Report of an investigation into the causes of malaria in Bombay and the measures necessary for its control
Disease focus: Malaria
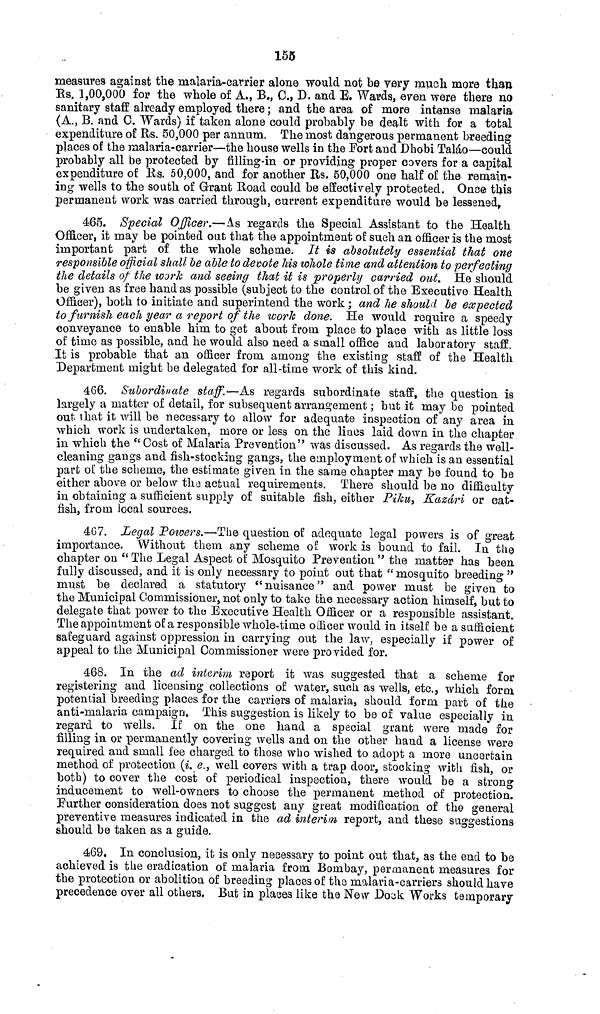
155
measures against the malaria-carrier alone would not be very much more than
Rs. 1,00,000 for the whole of A., B., 0., D. and E. Wards, even were there no
sanitary staff already employed there ; and the area of more intense malaria
(A., B. and C. Wards) if taken alone could probably be dealt with for a total
expenditure of Rs. 50,000 per annum. The most dangerous permanent breeding
places of the malaria-carrier—the house wells in the Fort and Dhobi Taláo—could
probably all be protected by filling-in or providing proper covers for a capital
expenditure of lis. 50,000, and for another Us. 50,000 one half of the remain-
ing wells to the south of Grant Road could be effectively protected. Once this
permanent work was carried through, carrent expenditure would be lessened,
465. Special Officer.—As regards the Special Assistant to the Health
Officer, it may be pointed out that the appointment of such an officer is the most
important part of the whole scheme. It is absolutely essential that one
responsible official shall be able to devote his whole time and attention to perfecting
the details of the work and seeing that it is properly carried out. He should
be given as free hand as possible (subject to the control of the Executive Health
Officer), both to initiate and superintend the work ; and he should be expected
to furnish each year a report of the work done. He would require a speedy
conveyance to enable him to get about from place to place with as little loss
of time as possible, and he would also need a small office and laboratory staff.
It is probable that an officer from among the existing staff of the Health
Department might be delegated for all-time work of this kind.
466. Subordinate staff.—As regards subordinate staff, the question is
largely a matter of detail, for subsequent arrangement ; but it may be pointed
out that it will be necessary to allow for adequate inspection of any area in
which work is undertaken, more or less on the lines laid down in the chapter
in which the " Cost of Malaria Prevention" was discussed. As regards the well-
cleaning gangs and fish-stocking gangs, the employment of which is an essential
part of the scheme, the estimate given in the same chapter may be found to be
either above or below the actual requirements. There should be no difficulty
in obtaining a sufficient supply of suitable fish, either Piku, Kazári or cat-
fish, from local sources.
467. Legal Powers,—The question of adequate legal powers is of great
importance. Without them any scheme of work is bound to fail. In the
chapter on " The Legal Aspect of Mosquito Prevention " the matter has been
fully discussed, and it is only necessary to point out that "mosquito breeding "
must be declared a statutory " nuisance " and power must be given to
the Municipal Commissioner, not only to take the necessary action himself, but to
delegate that power to the Executive Health Officer or a responsible assistant.
The appointment of a responsible whole-time officer would in itself be a sufficient
safeguard against oppression in carrying out the law, especially if power of
appeal to the Municipal Commissioner were provided for.
468. In the ad interim report it was suggested that a scheme for
registering and licensing collections of water, such as wells, etc., which form
potential breeding places for the carriers of malaria, should form part of the
anti-malaria campaign. This suggestion is likely to be of value especially in
regard to wells. If on the one hand a special grant were made for
filling in or permanently covering wells and on the other hand a license were
required and small fee charged to those who wished to adopt a more uncertain
method of protection (i. e., well covers with a trap door, stocking with fish, or
both) to cover the cost of periodical inspection, there would be a strong
inducement to well-owners to choose the permanent method of protection,
Further consideration does not suggest any great modification of the general
preventive measures indicated in the ad interim report, and these suggestions
should be taken as a guide.
469. In conclusion, it is only necessary to point out that, as the end to be
achieved is the eradication of malaria from Bombay, permanent measures for
the protection or abolition of breeding places of the malaria-carriers should have
precedence over all others. But in places like the New Doek Works temporary